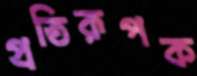
প্রতিরূপক